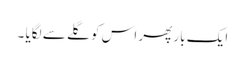
ایک بار پھر اس کو گلے سے لگایا ۔